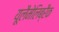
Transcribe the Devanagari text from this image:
यूलैमेलिब्रैक